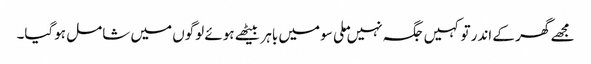
مجھے گھر کے اندر تو کہیں جگہ نہیں ملی سو میں باہر بیٹھے ہوئے لوگوں میں شامل ہوگیا۔